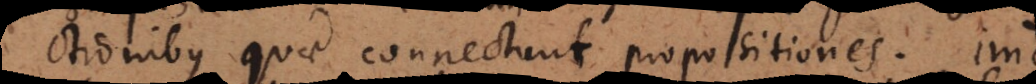
ctionibus quae connectunt propositiones. Imo